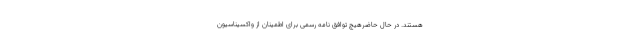
هستند. در حال حاضرهیچ توافق نامه رسمی برای اطمینان از واکسیناسیون